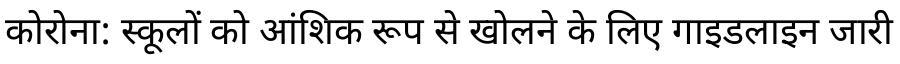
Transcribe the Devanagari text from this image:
कोरोना: स्कूलों को आंशिक रूप से खोलने के लिए गाइडलाइन जारी